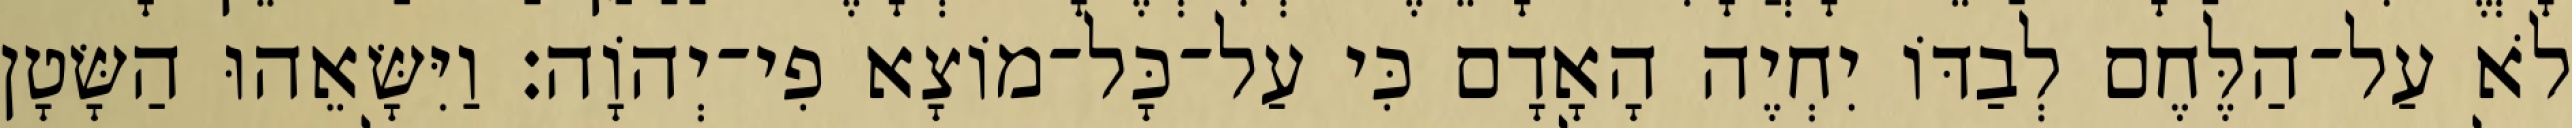
לֹא עַל־הַלֶּחֶם לְבַדּוֹ יִחְיֶה הָאָדָם כִּי עַל־כָּל־מוֹצָא פִי־יְהוָֹה׃ וַיִּשָּׂאֵהוּ הַשָּׂטָן